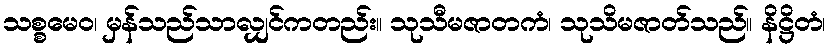
သစ္စမေဝ၊ မှန်သည်သာလျှင်ကတည်း။ သုသီမဇာတကံ၊ သုသိမဇာတ်သည်။ နိဋ္ဌိတံ၊